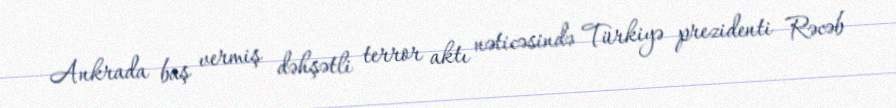
Ankrada baş vermiş dəhşətli terror aktı nəticəsində Türkiyə prezidenti Rəcəb